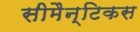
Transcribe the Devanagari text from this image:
सीमैन्टिकस